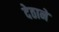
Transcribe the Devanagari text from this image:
देठाने